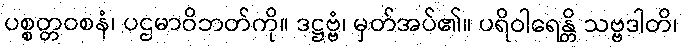
ပစ္စတ္တဝစနံ၊ ပဌမာဝိဘတ်ကို။ ဒဋ္ဌဗ္ဗံ၊ မှတ်အပ်၏။ ပရိဝါရေန္တိ သဗ္ဗဒါတိ၊